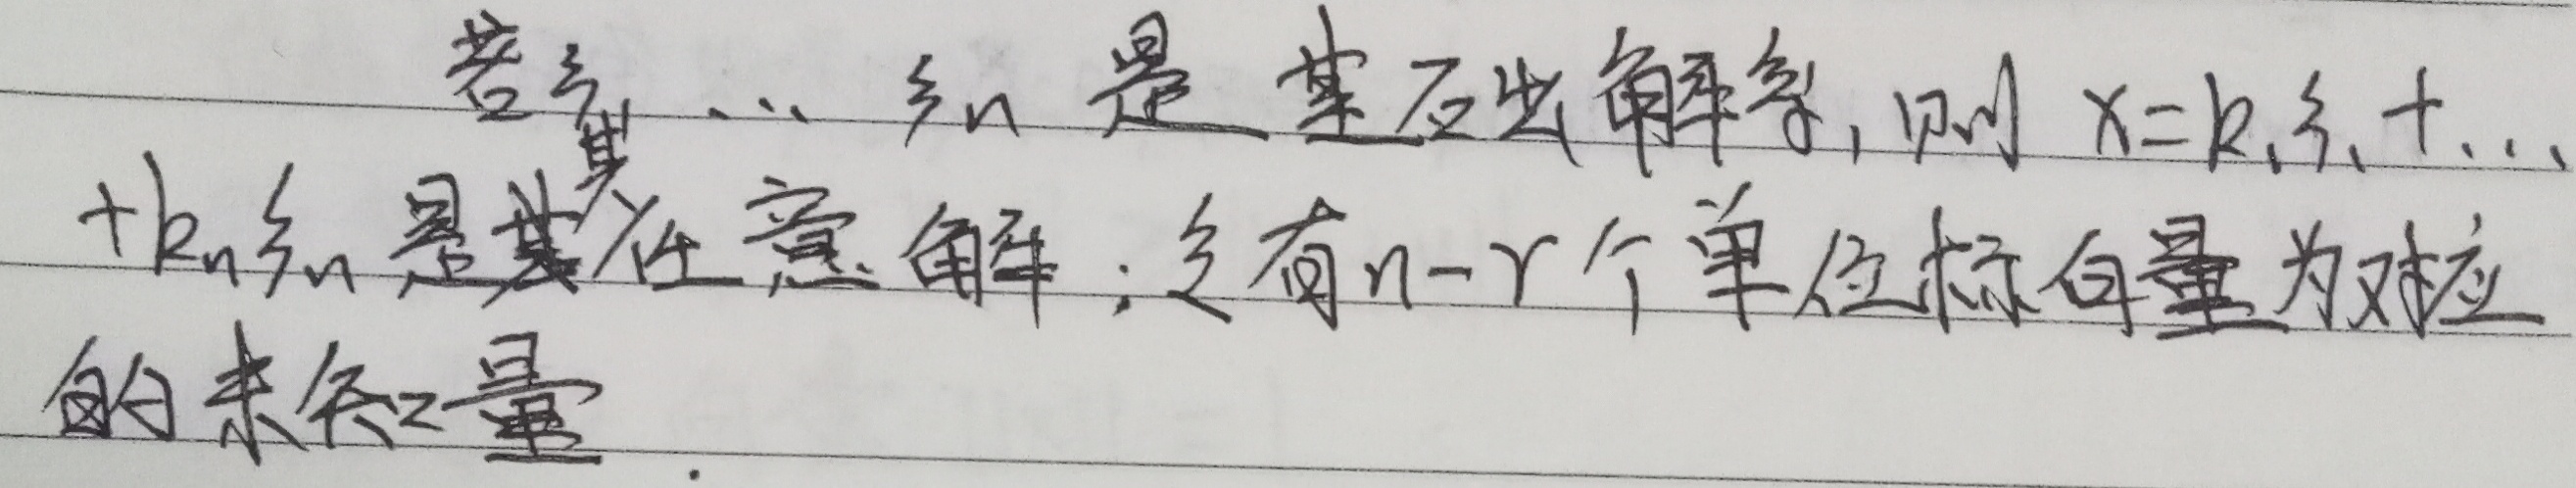
若\(\xi_1,\cdots,\xi_{n - r}\)是基础解系，则\(x = k_1\xi_1+\cdots + k_{n - r}\xi_{n - r}\)是其任意解；设有\(n - r\)个单位标向量为对应的未知量。